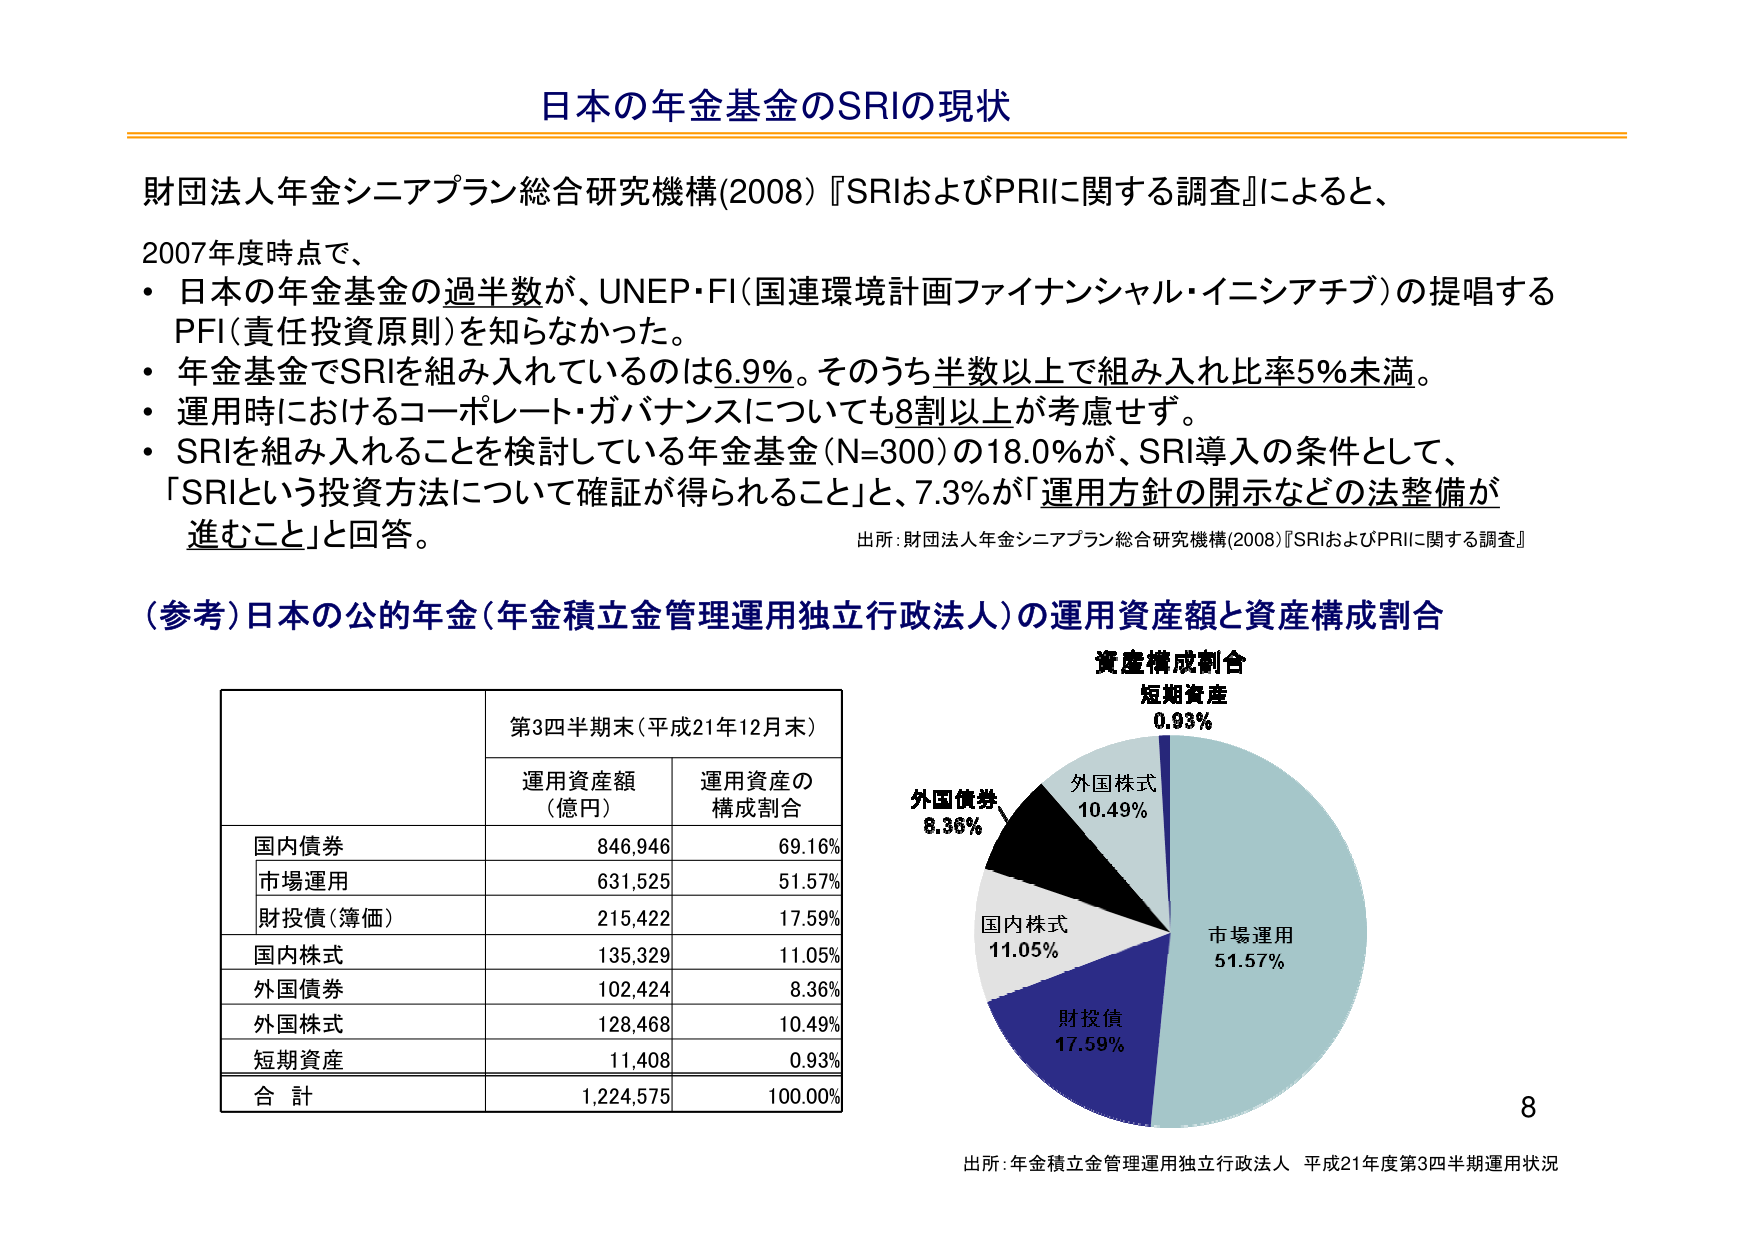
日本の年金基金のSRIの現状

財団法人年金シニアプラン総合研究機構(2008)『SRIおよびPRIに関する調査』によると、

2007年度時点で、
・日本の年金基金の過半数が、UNEP・FI（国連環境計画ファイナンシャル・イニシアチブ）の提唱するPFI（責任投資原則）を知らなかった。
・年金基金でSRIを組み入れているのは6.9%。そのうち半数以上で組み入れ比率5%未満。
・運用時におけるコーポレート・ガバナンスについても8割以上が考慮せず。
・SRIを組み入れることを検討している年金基金（N=300）の18.0%が、SRI導入の条件として、「SRIという投資方法について確証が得られること」と、7.3%が「運用方針の開示などの法整備が進むこと」と回答。

出所：財団法人年金シニアプラン総合研究機構(2008)『SRIおよびPRIに関する調査』

（参考）日本の公的年金（年金積立金管理運用独立行政法人）の運用資産額と資産構成割合

第3四半期末（平成21年12月末）
運用資産額（億円）　運用資産の構成割合
国内債券　　　　　　846,946　　　　69.16%
　市場運用　　　　　　631,525　　　　51.57%
　財投債（簿価）　　　215,422　　　　17.59%
国内株式　　　　　　135,329　　　　11.05%
外国債券　　　　　　102,424　　　　8.36%
外国株式　　　　　　128,468　　　　10.49%
短期資産　　　　　　11,408　　　　0.93%
合計　　　　　　　　1,224,575　　　100.00%

資産構成割合
短期資産 0.93%
外国株式 10.49%
外国債券 8.36%
国内株式 11.05%
財投債 17.59%
市場運用 51.57%

出所：年金積立金管理運用独立行政法人 平成21年度第3四半期運用状況

8